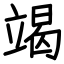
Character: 竭